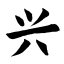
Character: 兴